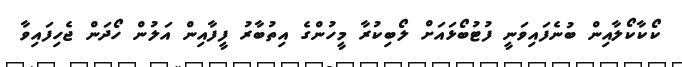
ކޯކާކޯލާއިން ބުނެފައިވަނީ ފުޓުބޯޅައަށް ލޯބިކުރާ މީހުންގެ އިތުބާރު ފީފާއިން އަލުން ހޯދަން ޖެހިފައިވާ